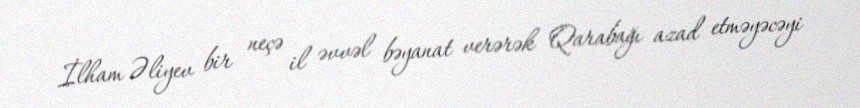
İlham Əliyev bir neçə il əvvəl bəyanat verərək Qarabağı azad etməyəcəyi